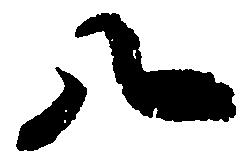
八